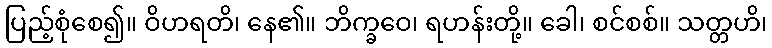
ပြည့်စုံစေ၍။ ဝိဟရတိ၊ နေ၏။ ဘိက္ခဝေ၊ ရဟန်းတို့။ ခေါ၊ စင်စစ်။ သတ္တဟိ၊